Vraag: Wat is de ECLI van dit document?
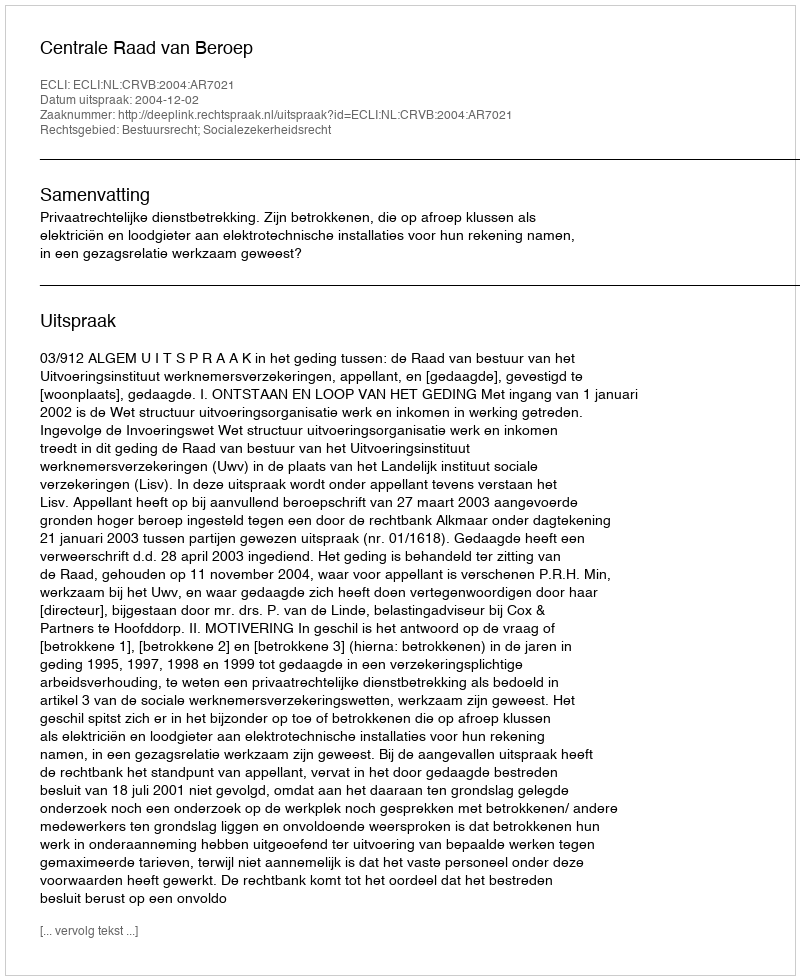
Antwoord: ECLI:NL:CRVB:2004:AR7021